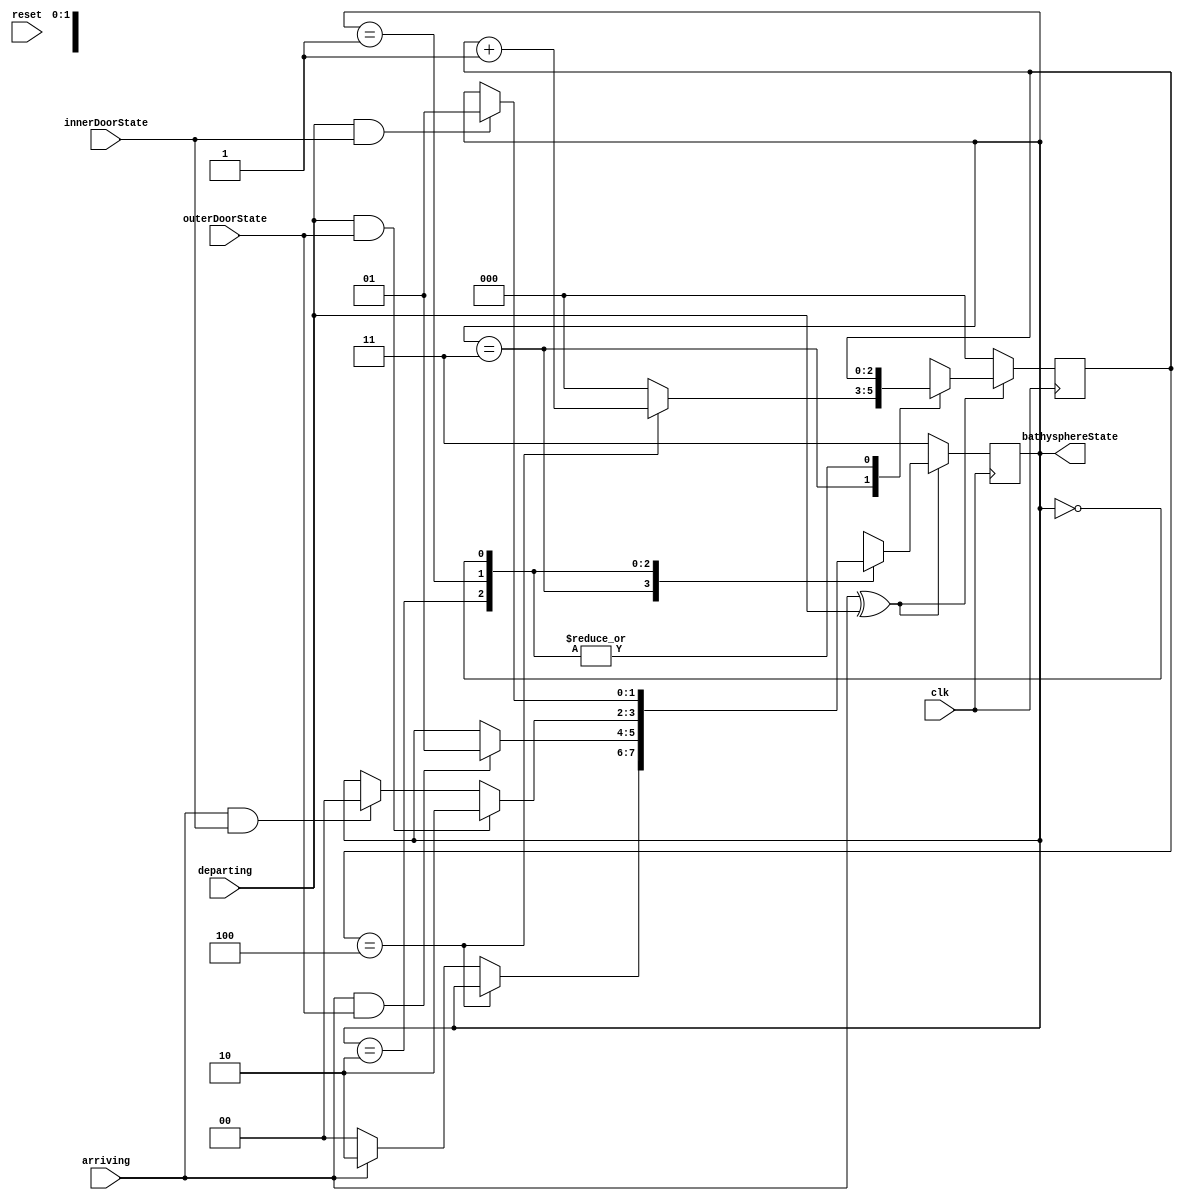
//11 is off, 10, is outside, 01 is chamber, 00 is inside
module moveBathysphere (bathysphereState, innerDoorState, outerDoorState, arriving, departing, clk, reset);
  input wire innerDoorState, outerDoorState, arriving, departing, clk, reset;
  output reg [1:0] bathysphereState;
  reg [2:0] leaveArriveCount;
  always @ (posedge clk) begin
    if(arriving ^ departing) begin
        case(bathysphereState)
          2'b11: begin
            if(leaveArriveCount == 3'd4) begin
              leaveArriveCount = leaveArriveCount + 1'b1;
            end else begin
                leaveArriveCount = 3'd0;
                if(arriving) begin
                  bathysphereState = 2'b10;
                end else begin
                  bathysphereState = 2'b00;
                end
            end
          end
          2'b10: begin
            if(arriving && outerDoorState) begin
              bathysphereState = 2'b01;
            end
          end
          2'b01: begin
            if(arriving && innerDoorState) begin
              bathysphereState = 2'b00;
            end
            if(departing && outerDoorState) begin
              bathysphereState = 2'b10;
            end
          end
          2'b00: begin
            if(departing && innerDoorState) begin
              bathysphereState = 2'b01;
            end
          end
          default: begin
            bathysphereState = 2'b11;
            leaveArriveCount = 3'd0;
          end
        endcase
      end else begin
        bathysphereState = 2'b11;
        leaveArriveCount = 3'd0;
      end
  end
endmodule

/*module moveBathysphere_testbench;
  reg innerDoorState, outerDoorState, arriving, departing, clk, reset;
  wire [1:0] bathysphereState;
  moveBathysphere dut (bathysphereState, innerDoorState, outerDoorState, arriving, departing, clk, reset);
  parameter ClockDelay = 2;
  initial begin //setup the clock
    clk <= 0;
    forever begin
      #(ClockDelay/2);
      clk <= ~clk;
    end
  end
  initial begin //begin testing
    $dumpfile("moveBathysphere.vcd");
    $dumpvars(1,dut);
    innerDoorState = 1'b0;
    outerDoorState = 1'b0;
    arriving = 1'b0;
    departing = 1'b0;
    reset = 1'b0; #ClockDelay;
    reset = 1'b1; #ClockDelay;
    #ClockDelay;
    arriving = 1'b1;
    #ClockDelay;
    departing = 1'b1;
    #ClockDelay;
    arriving = 1'b0;
    #ClockDelay;
    #ClockDelay;
    #ClockDelay;
    innerDoorState = 1'b1;
    #ClockDelay;
    #ClockDelay;
    #ClockDelay;
    innerDoorState = 1'b0;
    outerDoorState = 1'b1;
    #ClockDelay;
    #ClockDelay;
    arriving = 1'b1;
    #ClockDelay;
    outerDoorState = 1'b0;
    departing = 1'b0;
    innerDoorState = 1'b1;
    #ClockDelay;
    #ClockDelay;
    #ClockDelay;
    innerDoorState = 1'b0;
    outerDoorState = 1'b1;
    #ClockDelay;
    #ClockDelay;
    #ClockDelay;
    $finish;
  end
endmodule*/